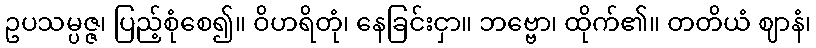
ဥပသမ္ပဇ္ဇ၊ ပြည့်စုံစေ၍။ ဝိဟရိတုံ၊ နေခြင်းငှာ။ ဘဗ္ဗော၊ ထိုက်၏။ တတိယံ ဈာနံ၊